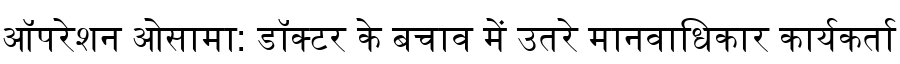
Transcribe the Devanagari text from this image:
ऑपरेशन ओसामा: डॉक्टर के बचाव में उतरे मानवाधिकार कार्यकर्ता